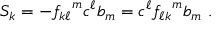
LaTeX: S _ { k } = - { f _ { k \ell } } ^ { m } c ^ { \ell } b _ { m } = c ^ { \ell } { f _ { \ell k } } ^ { m } b _ { m } ~ .